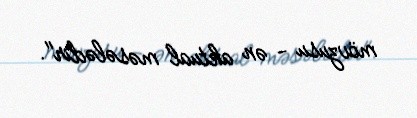
mövzusu - ən aktual məsələdir".